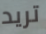
تريد